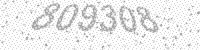
Solution: 809308